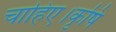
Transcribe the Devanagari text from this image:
चाहिए।कृषि